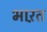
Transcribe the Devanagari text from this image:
भाऱत